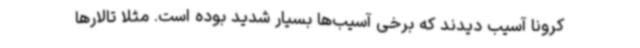
کرونا آسیب دیدند که برخی آسیب‌ها بسیار شدید بوده است. مثلا تالارها